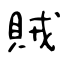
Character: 賊